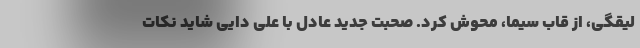
لیقگی، از قاب سیما، محوش کرد. صحبت جدید عادل با علی دایی شاید نکات